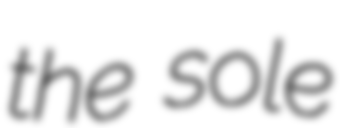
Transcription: the sole